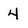
Character: 4